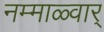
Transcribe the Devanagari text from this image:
नम्माळ्वार्